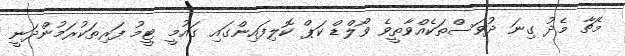
މެޗާ މެދު ގިނަ ދުވަސްތަކެއްވާތީވެ ވޯލްޑް ކަޕް ކޮލިފައިންގައި ގައުމީ ޓީމު ފަރިތަކުރަމުންދަނީ